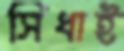
সিধাই